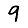
Digit: 9